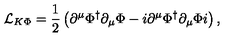
{ \cal L } _ { K \Phi } = \frac { 1 } { 2 } \left( \partial ^ { \mu } \Phi ^ { \dagger } \partial _ { \mu } \Phi - i \partial ^ { \mu } \Phi ^ { \dagger } \partial _ { \mu } \Phi i \right) ,